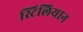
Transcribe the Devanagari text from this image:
स्टिलियान